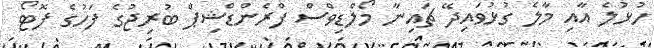
ހުޅުލެ އާއި މާލެ ގުޅުވައިދޭ ޗައިނާ މޯލްޑިވްސް ފްރެންޑްޝިޕް ބުރިޖުގެ ފަހުގެ ފޮޓޯ